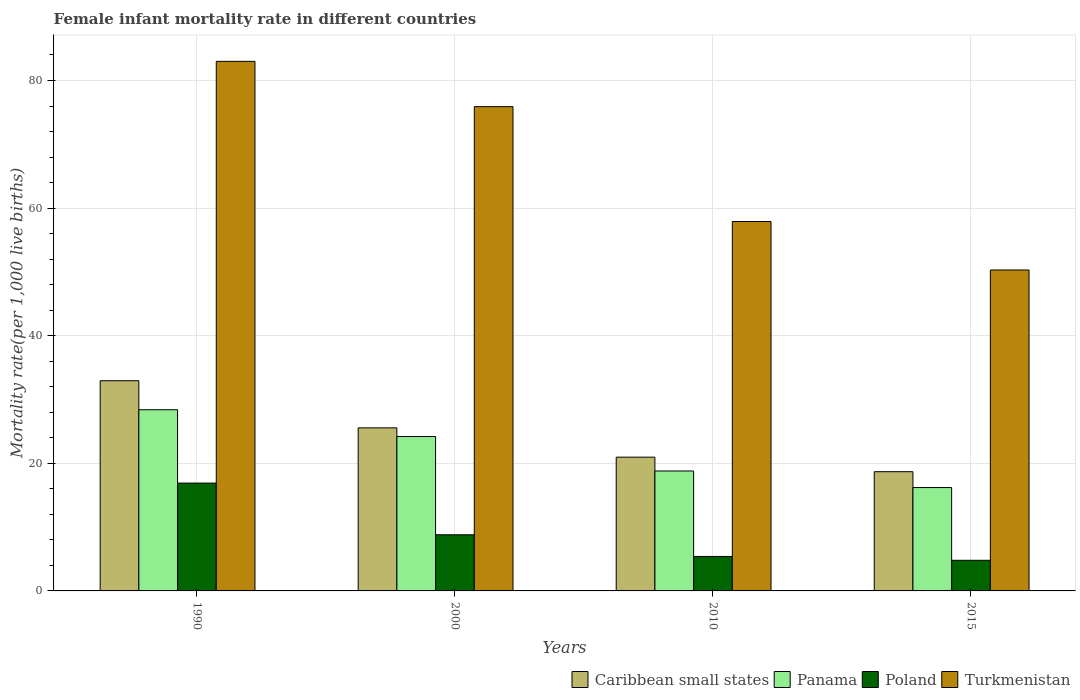
| Years | Caribbean small states | Panama | Poland | Turkmenistan |
 | --- | --- | --- | --- | --- |
 | 1990 | 32.9 | 28.4 | 16.9 | 83 |
 | 2000 | 25.6 | 24.2 | 8.8 | 75.9 |
 | 2010 | 21 | 18.8 | 5.4 | 57.9 |
 | 2015 | 18.7 | 16.2 | 4.8 | 50.3 |